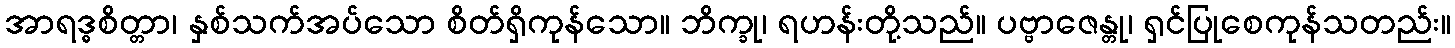
အာရဒ္ဓစိတ္တာ၊ နှစ်သက်အပ်သော စိတ်ရှိကုန်သော။ ဘိက္ခု၊ ရဟန်းတို့သည်။ ပဗ္ဗာဇေန္တု၊ ရှင်ပြုစေကုန်သတည်း။